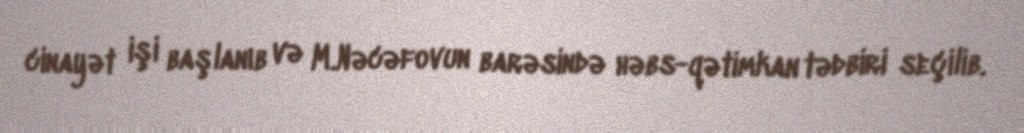
cinayət işi başlanıb və M.Nəcəfovun barəsində həbs-qətimkan tədbiri seçilib.